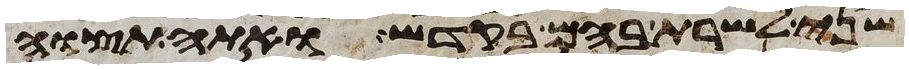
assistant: שני לשרת בהם בקדש ואתה תצוה